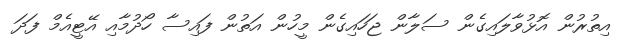
އިތުރުން އޮޅުވާލައިގެން ސަލާން ޖަހައިގެން މީހުން އަތުން ފައިސާ ހޯދުމާއި އޭޓީއެމް ފަދަ